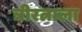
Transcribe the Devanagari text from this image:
त्रीरत्नाला